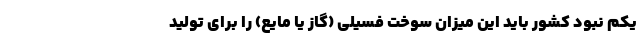
یکم نبود کشور باید این میزان سوخت فسیلی (گاز یا مایع) را برای تولید